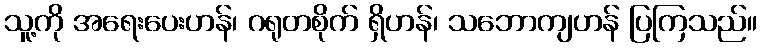
သူ့ကို အရေးပေးဟန်၊ ဂရုတစိုက် ရှိဟန်၊ သဘောကျဟန် ပြကြသည်။